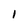
Character: I